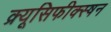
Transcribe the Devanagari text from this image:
क्र्यूसिफीक्स्षन